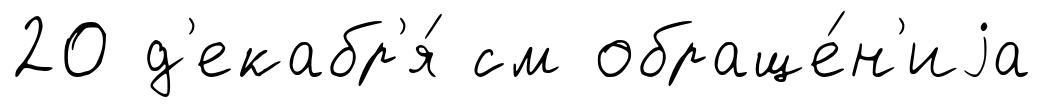
20 д'екабр'я́ см обраще́н'иjа